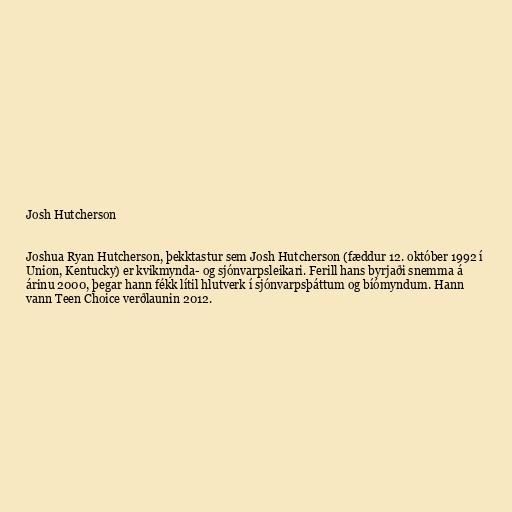
Josh Hutcherson

Joshua Ryan Hutcherson, þekktastur sem Josh Hutcherson (fæddur 12. október 1992 í
Union, Kentucky) er kvikmynda- og sjónvarpsleikari. Ferill hans byrjaði snemma á
árinu 2000, þegar hann fékk lítil hlutverk í sjónvarpsþáttum og bíómyndum. Hann
vann Teen Choice verðlaunin 2012.